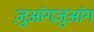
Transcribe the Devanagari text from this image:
ज़ुआंगज़ुआंग